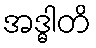
အဒ္ဓါတိ